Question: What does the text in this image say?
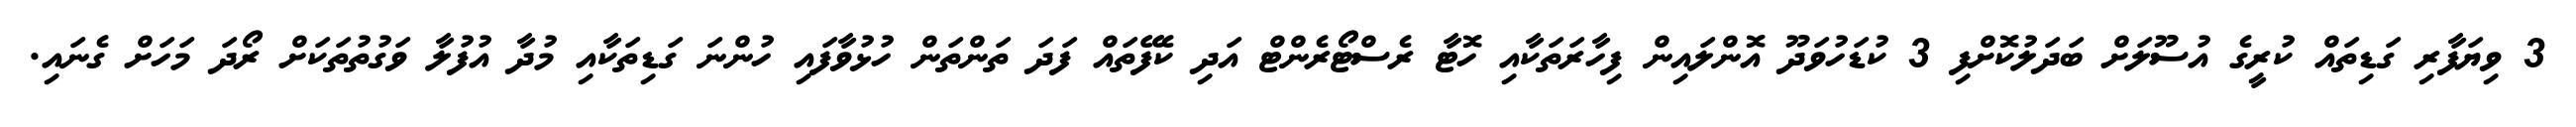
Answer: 3 ވިޔަފާރި ގަޑިތައް ކުރީގެ އުސޫލަށް ބަދަލުކޮށްފި 3 ކުޑަހުވަދޫ އޮންލައިން ފިހާރަތަކާއި ހޮޓާ ރެސްޓޯރެންޓް އަދި ކެފޭތައް ފަދަ ތަންތަން ހުޅުވާފައި ހުންނަ ގަޑިތަކާއި މުދާ އުފުލާ ވަގުތުތަކަށް ރޯދަ މަހަށް ގެނައި.